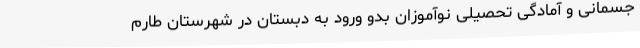
جسمانی و آمادگی تحصیلی نوآموزان بدو ورود به دبستان در شهرستان طارم